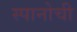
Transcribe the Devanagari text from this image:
स्पानोची